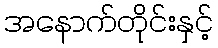
အနောက်တိုင်းနှင့်